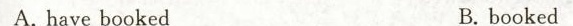
A.have booked B. booked